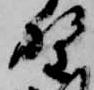
野